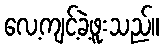
လေ့ကျင့်ခဲ့ဖူးသည်။